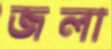
জলা